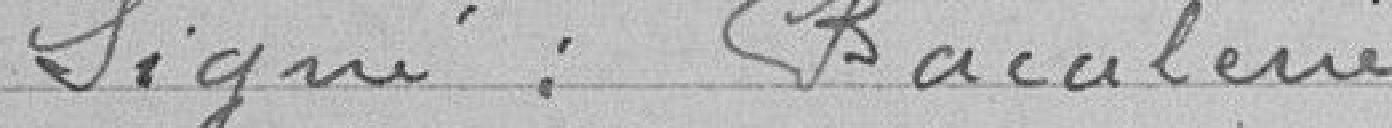
Signé :